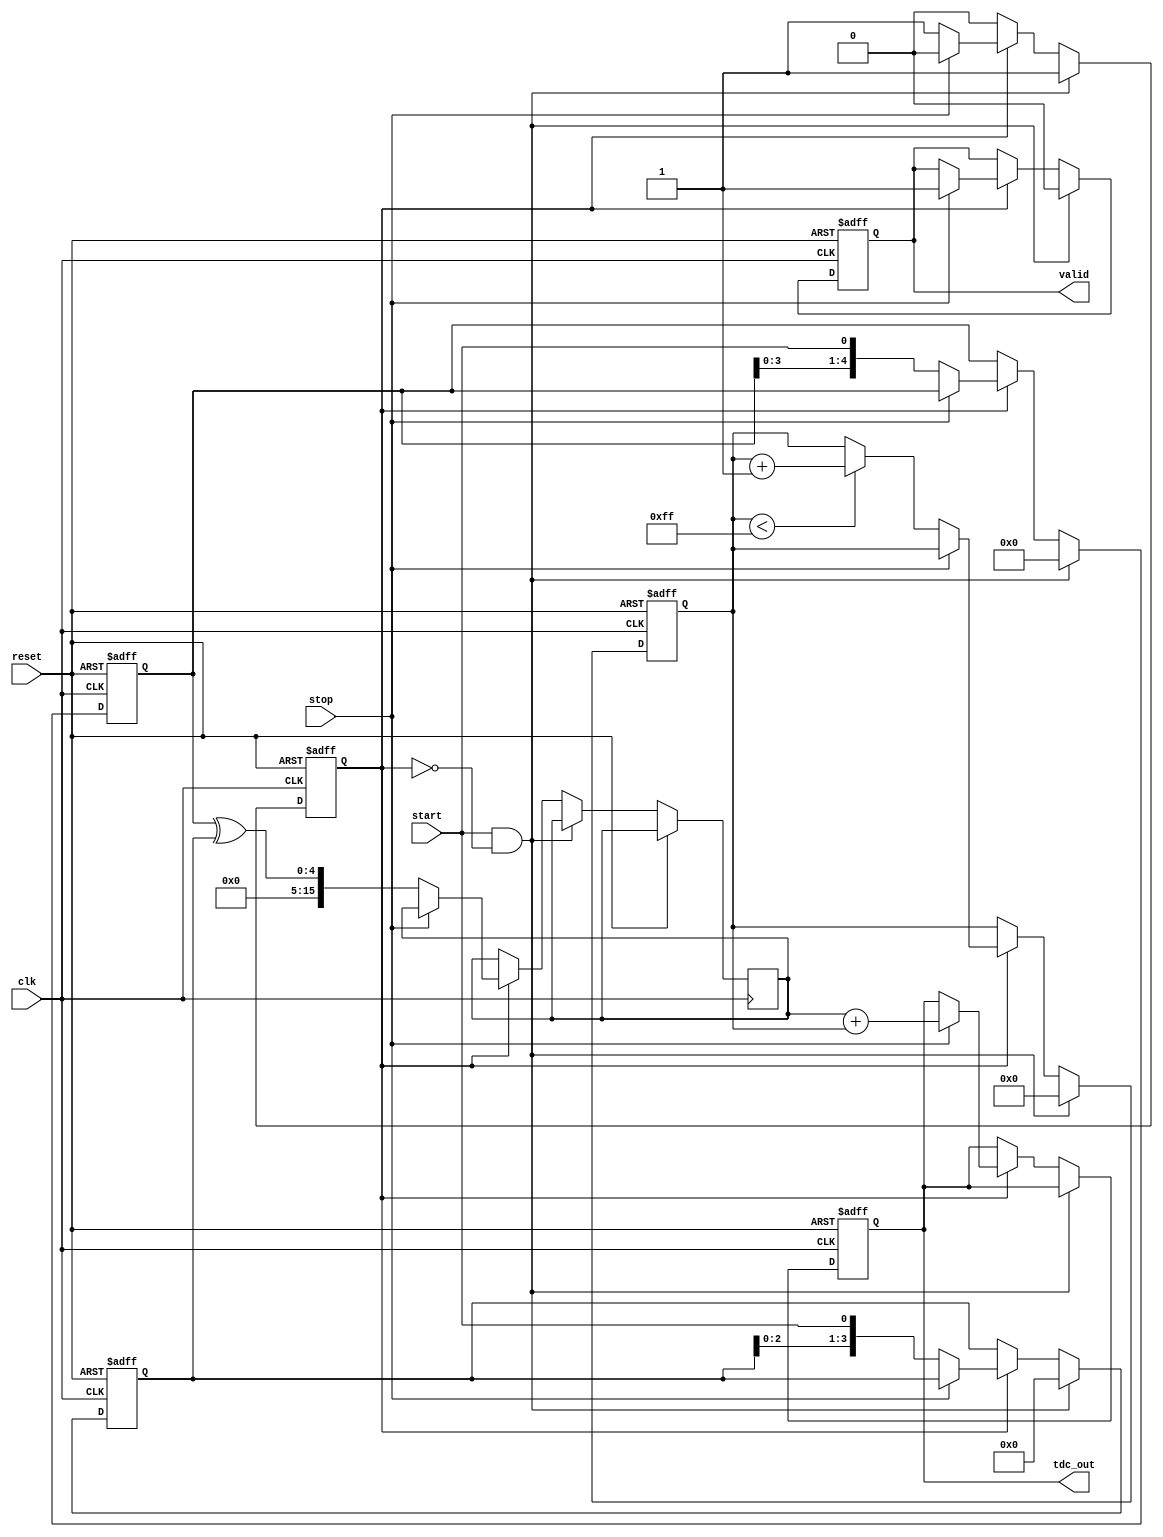
module tdc_vernier(
    input wire clk,            // System clock
    input wire reset,          // Asynchronous reset
    input wire start,          // Start signal
    input wire stop,           // Stop signal
    output reg [15:0] tdc_out, // Digital output representing time interval
    output reg valid           // Valid signal indicating output is ready
);

    // Parameters for delay line configurations
    parameter DELAY_A = 5;  // Number of delay elements in Delay Line A
    parameter DELAY_B = 4;  // Number of delay elements in Delay Line B
    parameter COUNTER_MAX = 255; // Maximum value for the counting logic

    // Internal signals
    reg [DELAY_A-1:0] delay_a;
    reg [DELAY_B-1:0] delay_b;
    reg [7:0] counter;      // 8-bit counter for clock cycles
    reg measuring;          // Measuring state
    reg [15:0] time_diff;   // Time difference between start and stop

    // Initialize the counter and state on reset
    always @(posedge clk or posedge reset) begin
        if (reset) begin
            counter <= 0;
            tdc_out <= 0;
            valid <= 0;
            measuring <= 0;
            delay_a <= 0;
            delay_b <= 0;
        end else begin
            // Measuring state logic
            if (start && !measuring) begin
                measuring <= 1;  // Begin measurement
                counter <= 0;     // Reset counter
                delay_a <= 0;     // Clear delay lines
                delay_b <= 0;     // Clear delay lines
                valid <= 0;       // Signal not valid yet
            end else if (measuring) begin
                if (stop) begin
                    measuring <= 0; // End measurement
                    tdc_out <= time_diff + counter; // Calculate total time difference
                    valid <= 1;     // Signal valid output
                end else begin
                    // Increment counter for each clock cycle
                    if (counter < COUNTER_MAX)
                        counter <= counter + 1;
                    // Sample delay lines to compute time difference
                    delay_a <= {delay_a[DELAY_A-2:0], start}; // Sample Delay Line A
                    delay_b <= {delay_b[DELAY_B-2:0], start}; // Sample Delay Line B

                    // Calculate time difference based on the delay lines
                    time_diff <= (delay_a ^ delay_b); // XOR to find difference
                end
            end
        end
    end

endmodule